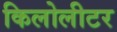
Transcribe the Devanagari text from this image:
किलोलीटर